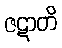
ဇဋာတိ